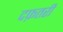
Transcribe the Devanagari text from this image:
दफ़तरी